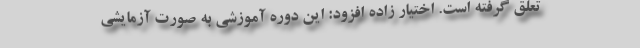
تعلق گرفته است. اختیار زاده افزود: این دوره آموزشی به صورت آزمایشی